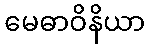
မေဓာဝိနိယာ